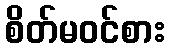
စိတ်မဝင်စား